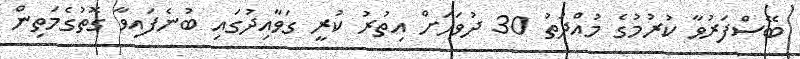
ބޭސްފަރުވާ ކުރުމުގެ މުއްދަތު 30 ދުވަހަށް އިތުރު ކުރީ ގަވާއިދުގައި ބުނެފައިވާ ގޮތުގެމަތިން